Vital statistics of India. Vol. IV, Annual returns from 1871 to 1876. British Army of India, Native Army and jails of Bengal
Year: 1871
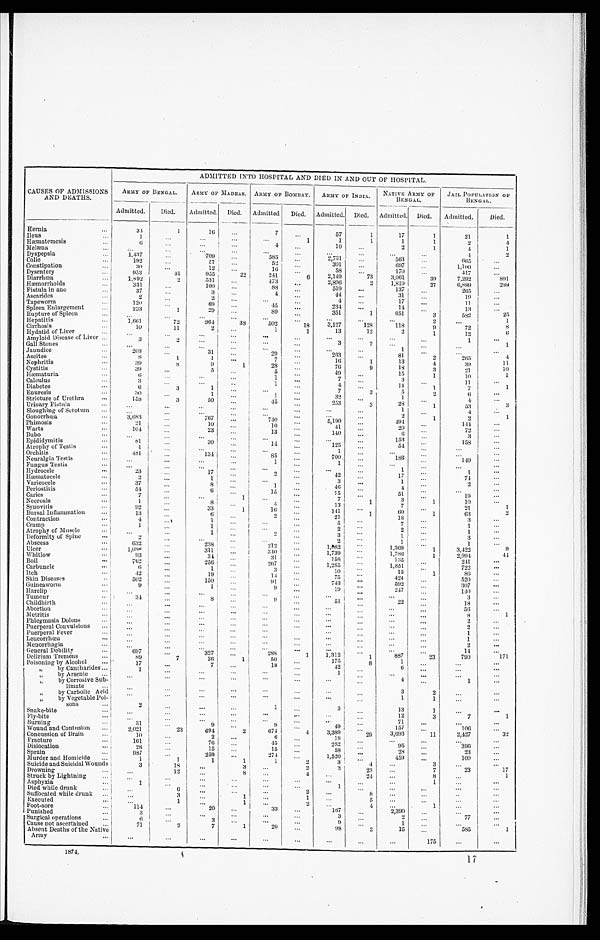
CAUSES OF ADMISSIONS
AND DEATHS.
ADMITTED INTO HOSPITAL AND DIED IN AND OUT OF HOSPITAL.
ARMY OF BENGAL. ARMY OF MADRAS. ARMY OF BOMBAY. ARMY OF INDIA. NATIVE ARMY OF
BENGAL.
JAIL POPULATION OF
BENGAL.
Admitted. Died. Admitted. Died. Admitted. Died. Admitted. Died. Admitted. Died. Admitted. Died.
Hernia
3 4
1
1 6
7
5 7
1
1 7
1
21
1
Ileus
1
1
1
1
1
1
2
4
Hæmatemesis
6
4
1 0
2
1
4
1
Melæna
4 2
Dyspepsia
1,437
7 0 9
5 8 5
2 , 7 3 1
5 6 3
6 6 5
Colic
1 9 2
57
5 2
3 0 1
6 9 7
1 , 1 0 0
Constipation
3 0
12
1 6
5 8
1 7 0
4 1 7
Dysentery
953
45
955
2 2
2 4 1
6
2 , 1 4 9
7 3
3 , 0 6 1
3 9
7 , 2 9 2
891
Diarrhœa
1,892
2
531
4 7 3
2 , 8 9 6
2
1 , 8 1 9
2 7
6 , 8 8 9
2 8 9
Hæmorrhoids
331
100
8 8
5 1 9
1 3 7
2 6 5
Fistula in ano
37
3
4
4 4
3 1
1 9
Ascarides
2
2
4
1 7
1 1
Tapeworm
120
69
4 5
2 3 4
14
13
Spleen Enlargement
233
1
29
89
3 5 1
1
6 5 1 3
5 8 2
2 5
Rupture of Spleen
2
1
Hepatitis
1 , 6 6 1
72
964
3 8 5 0 2
1 8
3 , 1 2 7
1 2 8
1 1 8
9
7 2
8
Cirrhosis
10
11
2
1
1
1 3
12
2
1
1 2
6
Hydatid of Liver
3 2
1
Amyloid Disease of Liver
3
2
3
2
1
Gall Stones
1
Jaundice
203
3 1
2 9
2 6 3
8 1
2
2 6 54
Ascites
8
1
1
7
16
1
1 3
4
3 9
1 1
Nephritis
39 8
9
1
2 8
7 6
9
18
3
2 1
10
Cystitis
39
5
5
4 9
15
1
1 0
1
Hæmaturia
6
1
7
3
1 1
Calculus
3
1
4
1 4
1
7
1
Diabetes
6
3
1
7
3
5
2
6
Enuresis
3 0
1
1
3 2
1
4
Stricture of Urethra
158
3
50
4 5
2 5 3
3
2 8
1
5 3
3
Urinary Fistula
1
4
Sloughing of Scrotum
2
1
2
1
Gonorrhœa
3,683
767
740
5 , 1 9 0
4 9 4
1 4 4
Phimosis
21
10
10
4 1
2 0
7 2
Warts
104
23
13
140
6
3
Bubo
1 5 3
1 5 8
Epididymitis
81
30
14
125
5 4
Atrophy of Testis
1
1
Orehitis
4 8 1
134
8 5
700
186
1 4 0
Neuralgia Testis
1
1
Fungus Testis
1
1
Hydrocele
2 3
1 7
2
42
17
7 4
Hæmatocele
2
1
3
1
2
Varicocele
3 7
8
1
4 6
4
Periostitis
5 4
6
1 5
75
51
1 9
Caries
7
1
7
1
3
1
1 0
N e c r o s i s
1
8
4
13
7
2 1
1
Synovitis
92
33
1
16
141
60 1
6 3
2
B u r s a l I n f l a m m a t i o n
13
6
2
2 1
1
18
3
Contraction
4
1
5
7
1
Cramp
1
1
2
2
1
Atrophy of Musele
1
2
3
1
3
Def or mi t y of Spi ne
2
2
1
1
Abseess
6 3 2
238
212 —
1,082
1,369
1
3,422
9
Ulcer
1 , 0 8 8
311
340
1,739
1,786
1
2,994
44
Whitlow
9 3
3 4
31
158
135
241
Boil
7 6 2
2 5 6
267
1,285
1,851
722
Carbuncle
6
1
3
10
15
1
86
Itch
42
19
1 4
75
424
520
Skin Diseases
5 0 2
1 5 0
91
743
592
307
Guineaworm 9
1
9
19
247
140
Harelip
3
Tumour
3 4
8
9
51
22
18
Childbirth
56
Abortion
8
1
Metritis
2
Phlegmasia Dolens
2
Puerperal Convulsions
1
Puerperal Fever
1
Leucorrhœa
2
Menorrhagia
14
General Debility
6 9 7
327
288
1 1,312
1
887
23
790
171
Delirium Tremens
8 9
7
36
1
50
175
8
1
P o i s o n i n g b y A l c o h o l
1 7
7
18
42
6
„ by Cantharides
1
1
„ by Arsenic
4
1
„ by Corrosive Sub-
limate
3 2
„ by Carbolic Acid
1
1
„ by Vegetable Poi- s o n s
2
1
3
1 3
1
Snake-bite
3
12
3
7
1
Fly-bite
7 1
Burning
31
9
9
4 9
1 5 7
1 0 6
Wound and Contusion
2,021
23
694
2
6 7 4
4
3 , 3 8 9
2 9
3 , 6 9 3
1 1
2 , 4 2 7
32
Concussion of Brain
10
2
6
18
Fracture
161
76
4 5
2 8 2
9 5
3 9 6
Dislocation
28
1 5
15
58
2 8
2 3
Sprain
987
259
274
1 , 5 2 0
4 5 9
1 0 0
Murder and Homicide
1
1
1
1
1
2
3
4
3
Suicide and Suicidal Wounds
3
18
3
2
3
2 3
7
2 3
1 7
Drowning
12
8
4
24
8
S t r u c k b y L i g h t n i n g
1
A s p h y x i a
1
1
Died while drunk
6
2
8
Suffocated while drunk
3
1
1
5
Executed
1
1
2
4
1
Foot-sore
114
20
33
1 6 7
2 , 3 9 0
Punished
3
3
2
7 7
Surgical operations
6
3
9
1
Cause not ascertained
71
2
7
1 2 0
98
3
1 5
5 8 5
1
Absent Deaths of the Native
Army
175
1 8 7 4 . 1 7